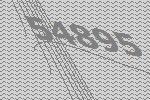
54895